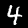
Label: 4